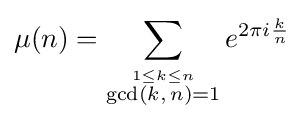
\mu (n)=\sum _{\stackrel {1\leq k\leq n}{\gcd(k,\,n)=1}}e^{2\pi i{\frac {k}{n}}}